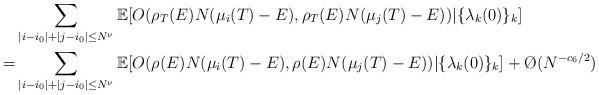
LaTeX: \begin{align*} &\sum_{|i-i_0| + |j-i_0| \leq N^{\nu} } \mathbb{E} [ O ( \rho_T (E) N (\mu_i (T) - E), \rho_T (E) N (\mu_j (T) - E )) | \{ \lambda_k (0) \}_k] \\ = & \sum_{|i-i_0| + |j-i_0| \leq N^{\nu} } \mathbb{E} [ O ( \rho (E) N (\mu_i (T) - E), \rho(E) N (\mu_j (T) - E )) | \{ \lambda_k (0) \}_k] + \O ( N^{ - c_6/2} ) \end{align*}